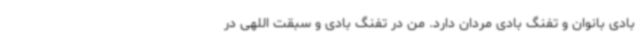
بادی بانوان و تفنگ بادی مردان دارد. من در تفنگ بادی و سبقت اللهی در